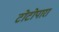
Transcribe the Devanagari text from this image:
टोटोपारा